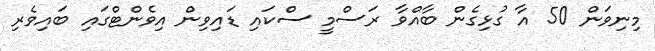
މިނިވަން 50 އާ ގުޅިގެން ބާއްވާ ރަސްމީ ސްކައި ޑައިވިން އިވެންޓްގައި ބައިވެރި